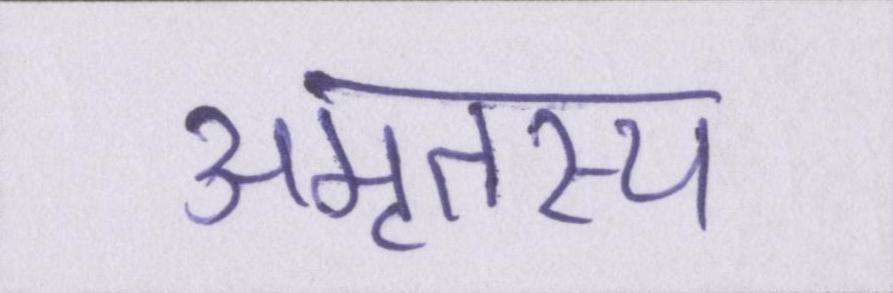
अमृतस्य